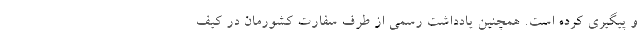
و پیگیری کرده است. همچنین یادداشت رسمی از طرف سفارت کشورمان در کیف